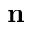
{ \bf n }